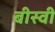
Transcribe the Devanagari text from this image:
बीस्वी